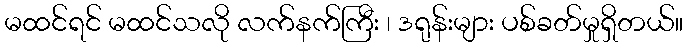
မထင်ရင် မထင်သလို လက်နက်ကြီး ၊ ဒရုန်းများ ပစ်ခတ်မှုရှိတယ်။